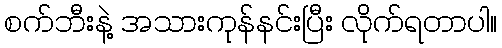
စက်ဘီးနဲ့ အသားကုန်နင်းပြီး လိုက်ရတာပါ။